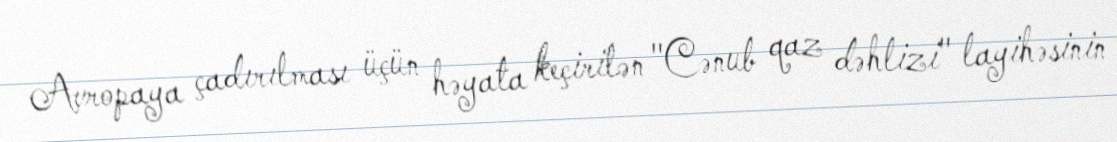
Avropaya çadırılması üçün həyata keçirilən "Cənub qaz dəhlizi" layihəsinin